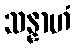
သန္နာဟံ